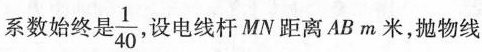
系数始终是\frac{1}{40}，设电线杆MN距离ABm米，抛物线